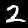
Digit: 2